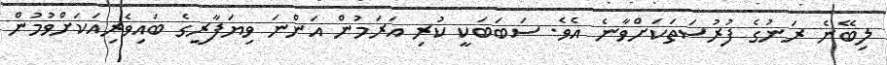
ލިބޭނެ ރަނުގެ ފުރުސަތަކަށްވާނެ އެވެ. ސަބަބަކީ ކުރި އަރަމުން އަންނަ ވިޔަފާރީގެ ބައިވެރިއަކަށްވުމުން